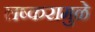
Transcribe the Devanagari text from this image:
लष्करामुळे